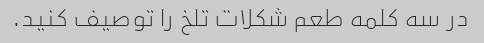
در سه کلمه طعم شکلات تلخ را توصیف کنید.